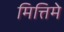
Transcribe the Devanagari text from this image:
मित्तिमे